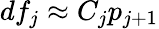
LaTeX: df_{j}\approx C_{j}p_{j+1}